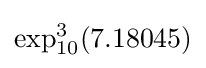
\exp _{10}^{3}(7.18045)